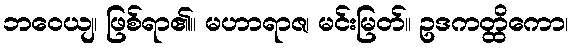
ဘဝေယျ၊ ဖြစ်ရာ၏။ မဟာရာဇ၊ မင်းမြတ်။ ဥဒကတ္ထိကော၊